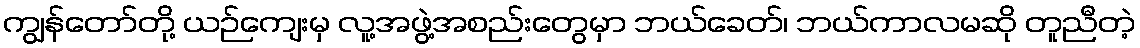
ကျွန်တော်တို့ ယဉ်ကျေးမှ လူ့အဖွဲ့အစည်းတွေမှာ ဘယ်ခေတ်၊ ဘယ်ကာလမဆို တူညီတဲ့